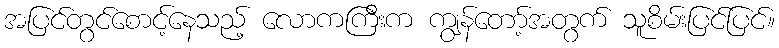
အပြင်တွင်စောင့်နေသည့် လောကကြီးက ကျွန်တော့်အတွက် သူစိမ်းပြင်ပြင်။